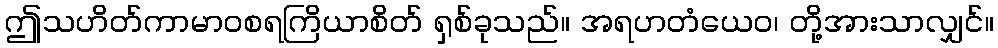
ဤသဟိတ်ကာမာဝစရကြိယာစိတ် ရှစ်ခုသည်။ အရဟတံယေဝ၊ တို့အားသာလျှင်။